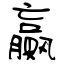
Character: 贏